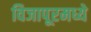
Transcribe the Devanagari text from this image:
विजापूरमध्ये